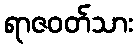
ရာဇဝတ်သား